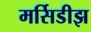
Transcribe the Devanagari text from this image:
मर्सिडीझ